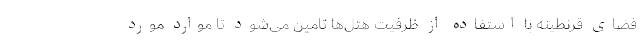
فضای قرنطینه با استفاده از ظرفیت هتل‌ها تامین می‌شود تا موارد مورد